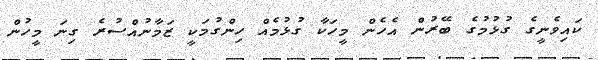
ކައިވެނީގެ ގުޅުމުގެ ބޭރުން އެހެން މީހަކާ ގުޅުމެއް ހިންގުމަކީ ޒަމާނުއްސުރެ ގިނަ މީހުން